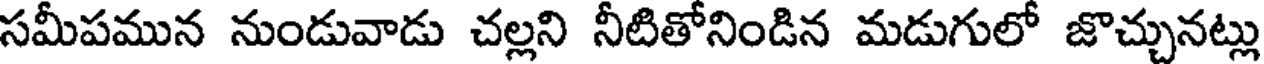
సమీపమున నుండువాడు చల్లని నీటితోనిండిన మడుగులో జొచ్చునట్లు